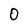
Character: O